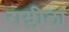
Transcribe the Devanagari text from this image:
राम्लीला